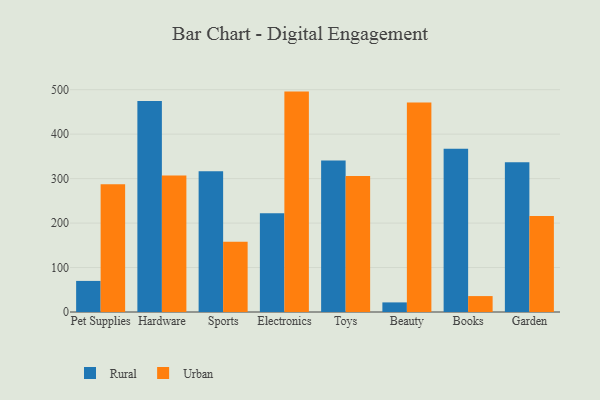
{"axis": {"x": "Category", "y": "Active Users"}, "legend": ["Rural", "Urban"], "data": [{"x": "Pet Supplies", "y": 69.9, "type": "Rural"}, {"x": "Pet Supplies", "y": 287.2, "type": "Urban"}, {"x": "Hardware", "y": 474.4, "type": "Rural"}, {"x": "Hardware", "y": 306.8, "type": "Urban"}, {"x": "Sports", "y": 316.4, "type": "Rural"}, {"x": "Sports", "y": 158.0, "type": "Urban"}, {"x": "Electronics", "y": 222.2, "type": "Rural"}, {"x": "Electronics", "y": 495.7, "type": "Urban"}, {"x": "Toys", "y": 340.6, "type": "Rural"}, {"x": "Toys", "y": 306.1, "type": "Urban"}, {"x": "Beauty", "y": 21.6, "type": "Rural"}, {"x": "Beauty", "y": 471.2, "type": "Urban"}, {"x": "Books", "y": 366.9, "type": "Rural"}, {"x": "Books", "y": 35.8, "type": "Urban"}, {"x": "Garden", "y": 336.7, "type": "Rural"}, {"x": "Garden", "y": 215.9, "type": "Urban"}]}